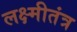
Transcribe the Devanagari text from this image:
लक्ष्मीतंत्र